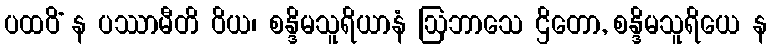
ပထဝိံ န ပဿာမီတိ ဝိယ၊ စန္ဒိမသူရိယာနံ ဩဘာသေ ဌိတော, စန္ဒိမသူရိယေ န